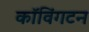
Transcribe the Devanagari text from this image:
कॉविंगटन